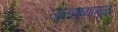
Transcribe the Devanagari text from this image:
जलाशयामुळे